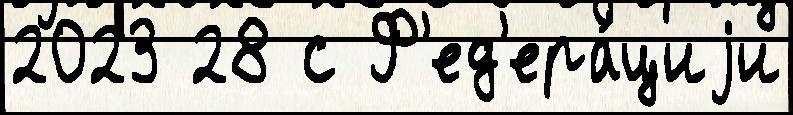
2023 28 с Ф'ед'ера́циjи